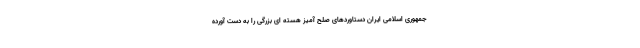
جمهوری اسلامی ایران دستاوردهای صلح آمیز هسته ای بزرگی را به دست آورده